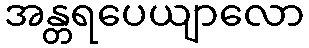
အန္တရပေယျာလော